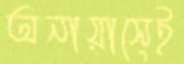
অনায়াসেই